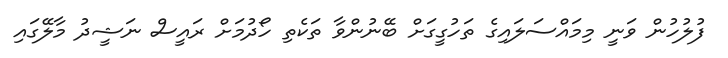
ފުލުހުން ވަނީ މިމައްސަލައިގެ ތަހުގީގަށް ބޭނުންވާ ތަކެތި ހޯދުމަށް ރައީސް ނަޝީދު މާލޭގައި